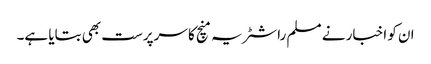
ان کو اخبار نے مسلم راشٹریہ منچ کا سرپرست بھی بتایا ہے۔